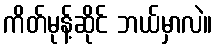
ကိတ်မုန့်ဆိုင် ဘယ်မှာလဲ။